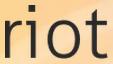
riot